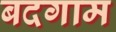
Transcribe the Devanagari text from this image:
बदगाम